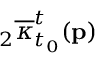
{ } _ { 2 } \overline { { \kappa } } _ { t _ { 0 } } ^ { t } ( \mathbf { p } )